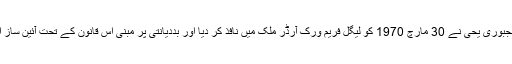
حالات قابو سے باہر نہ نکل جائیں لہذا بہ امرِ مجبوری یحیٰ نے 30 مارچ 1970 کو لیگل فریم ورک آرڈر ملک میں نافذ کر دیا اور بددیانتی پر مبنی اس قانون کے تحت آئین ساز اسمبلی کیلئے انتخابات کروانے کا اعلان کر دیا۔